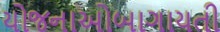
યોજનાઓબાગાયતી